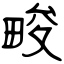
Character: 畯